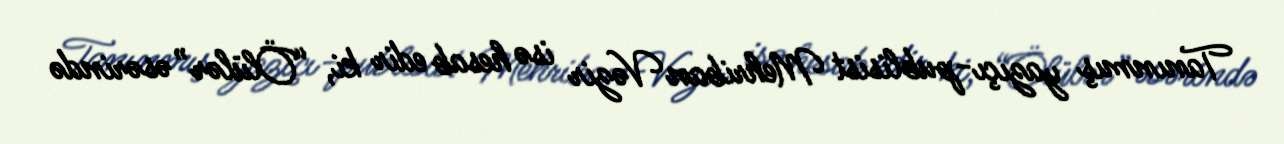
Tanınmış yazıçı-publisist Mehriban Vəzir isə hesab edir ki, “Ölülər” əsərində